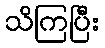
သိကြပြီး